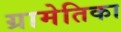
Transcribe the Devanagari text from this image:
ग्रामेतिका